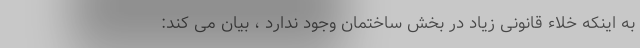
به اینکه خلاء قانونی زیاد در بخش ساختمان وجود ندارد ، بیان می کند: